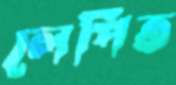
লেপিত